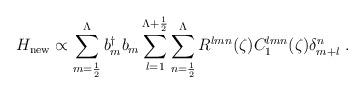
\begin{align*}H_{\rm{new}} \propto\sum_{m=\frac{1}{2}}^{\Lambda} b^{\dag}_m b_m\sum_{l=1}^{\Lambda +\frac{1}{2}} \sum_{n=\frac{1}{2}}^{\Lambda}R^{lmn}(\zeta) C_1^{lmn}(\zeta) \delta^n_{m+l}\;.\end{align*}